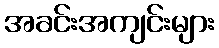
အခင်းအကျင်းများ